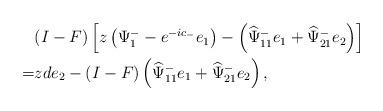
\begin{align*}\begin{aligned}&(I-F)\left[z\left(\Psi^{-}_1-e^{-ic_-}e_1\right)-\left(\widehat{\Psi}^-_{11} e_1+\widehat{\Psi}^-_{21} e_{2}\right)\right]\\=&zde_{2}-(I-F)\left(\widehat{\Psi}^-_{11} e_1+\widehat{\Psi}^-_{21} e_2\right),\end{aligned}\end{align*}